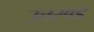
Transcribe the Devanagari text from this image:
उत्तरण्ड